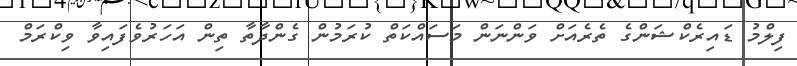
ފިލްމު ޑައިރެކްޝަންގެ ތެރެއަށް ވަންނަން މަސައްކަތް ކުރަމުން ގެންދާތާ ތިން އަހަރުވެފައިވާ ވިކްރަމް